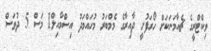
ވިކްޓްރީގެ ޗެއާމަނަކަށް ހޯރަފުށީ ދާއިރާގެ މެމްބަރު މުހައްމަދު އިސްމާއިލް1 މަސް 5 ދުވަސް